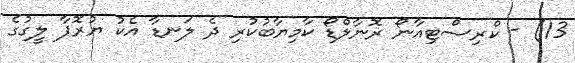
13) - ކްރިސްޓިއާނޯ ރޮނާލްޑޯ ކާމިޔާބުކުރި ދެ ލަނޑާ އެކު ޔުރޮޕާ ލީގުގެ